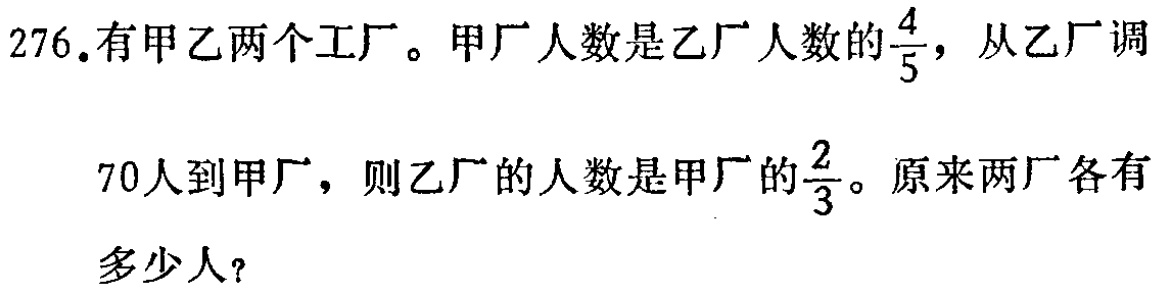
276.有甲乙两个工厂。甲厂人数是乙厂人数的$\frac{4}{5}$，从乙厂调

70人到甲厂，则乙厂的人数是甲厂的$\frac{2}{3}$。原来两厂各有

多少人？